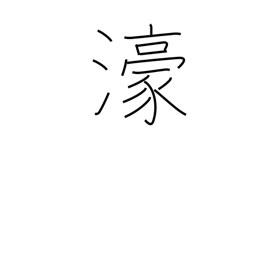
Meaning: Australia